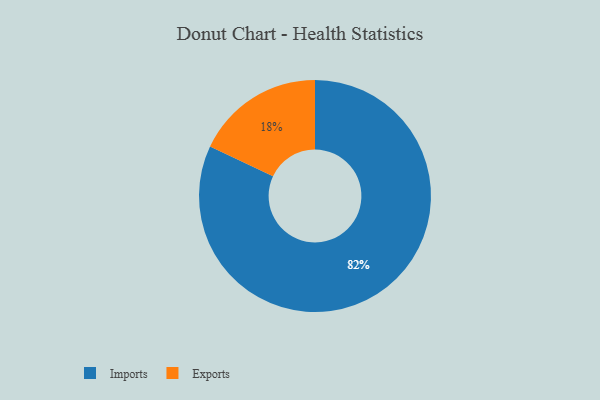
{"axis": {"x": "Category", "y": "Percentage"}, "legend": ["Exports", "Imports"], "data": [{"x": "Imports", "y": 82, "type": "Imports"}, {"x": "Exports", "y": 18, "type": "Exports"}]}